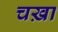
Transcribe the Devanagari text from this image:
चख़ा